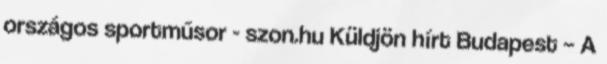
országos sportműsor - szon.hu Küldjön hírt Budapest – A